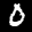
Label: 0